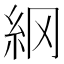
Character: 䋄